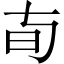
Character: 𬀦